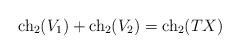
LaTeX: \begin{align*}{\rm ch}_2(V_1)+{\rm ch}_2(V_2)={\rm ch}_2(TX)\end{align*}